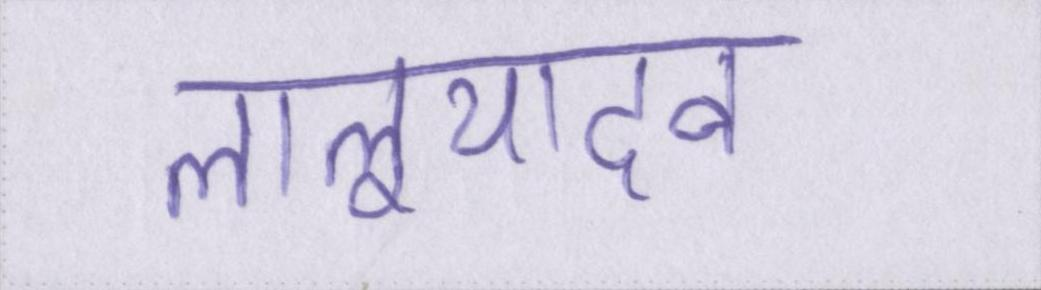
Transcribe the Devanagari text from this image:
लालूयादव